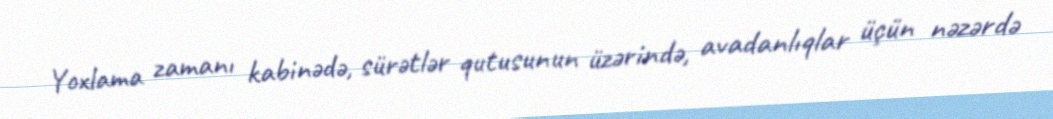
Yoxlama zamanı kabinədə, sürətlər qutusunun üzərində, avadanlıqlar üçün nəzərdə